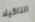
التاكيلا